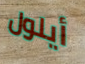
أيلول